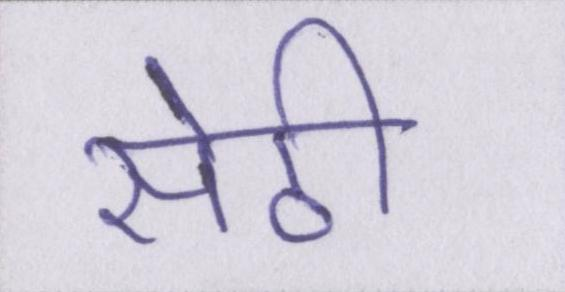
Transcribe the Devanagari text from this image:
सेठी